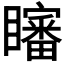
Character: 𱳗